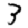
Digit: 3